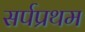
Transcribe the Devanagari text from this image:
सर्पप्रथम